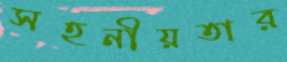
সহনীয়তার